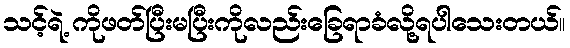
သင့်ရဲ့ ကိုဖတ်ပြီးမပြီးကိုလည်းခြေရာခံလို့ရပါသေးတယ်။